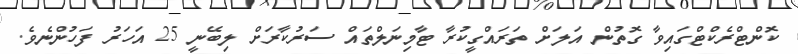
ކޮންޓްރެކްޓްގައިވާ ގޮތުން އަލަށް ތަރައްގީކުރާ ޓާމިނަލްތައް ސަރުކާރަށް ލިބޭނީ 25 އަހަރު ފަހުންނެވެ.